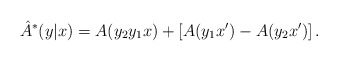
\begin{align*}\hat{A}^*(y|x) = A(y_2y_1x) + \left[ A(y_1x') - A(y_2x') \right].\end{align*}